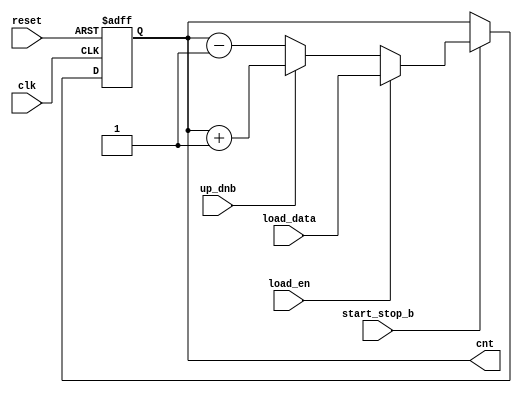
module up_dn_cntr_with_load_with_start_stop (input clk , input reset, input [3:0] load_data, input load_en , input start_stop_b, input up_dnb , output reg [3:0] cnt);

always @ (posedge clk , posedge reset)
begin
	if(reset)
		cnt <= 4'b0000;
	else 
	begin
		if(start_stop_b)
		begin
			if(load_en)
				cnt <= load_data;
			else
			begin
				if(up_dnb)
					cnt <= cnt + 1;
				else
					cnt <= cnt - 1;
			end
		end
	end
end
endmodule